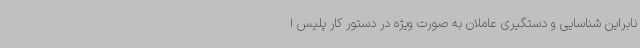
نابراین شناسایی و دستگیری عاملان به صورت ویژه در دستور کار پلیس ا